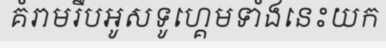
គំរាមរឹបអូសទូហ្គេមទាំងនេះយក